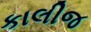
કાલીજ